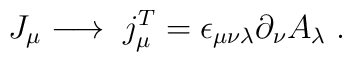
\,J_\mu \longrightarrow \;j_\mu^T =\epsilon_{\mu \nu \lambda}\partial_\nu A_\lambda \;.